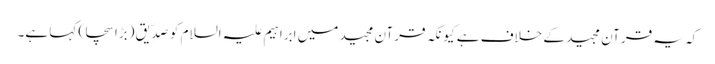
کہ یہ قرآن مجید کے خلاف ہے کیونکہ قرآن مجید میں ابراہیم علیہ السلام کو صِدِّیق (بڑا سچا) کہا ہے۔